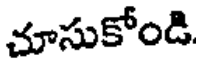
చూసుకోండి